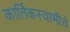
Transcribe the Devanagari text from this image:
कार्तिकस्वामीचे